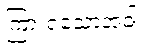
ကြားရသောအခါ